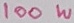
Text: 100W